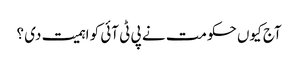
آج کیوں حکومت نے پی ٹی آئی کو اہمیت دی ؟